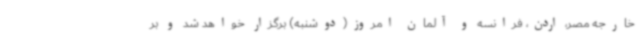
خارجه مصر، اردن، فرانسه و آلمان امروز(دوشنبه) برگزار خواهد شد و بر